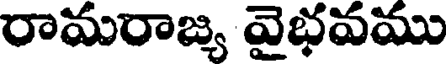
రామరాజ్య వైభవము